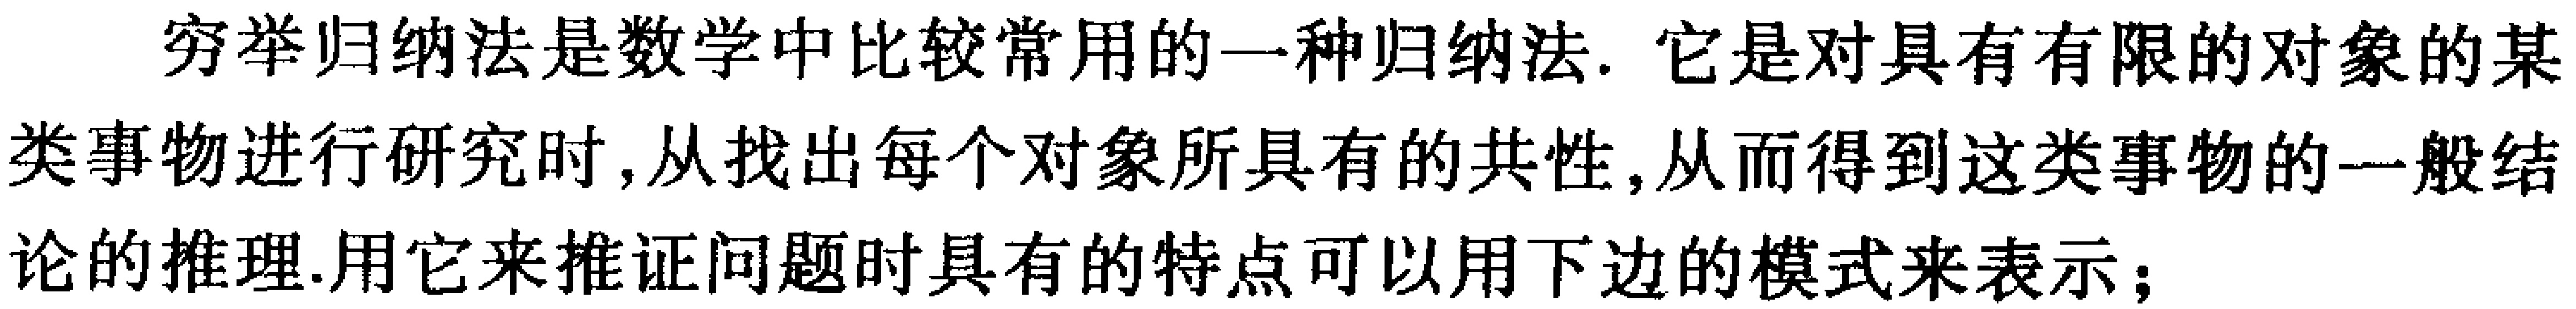
穷举归纳法是数学中比较常用的一种归纳法. 它是对具有有限的对象的某类事物进行研究时, 从找出每个对象所具有的共性, 从而得到这类事物的一般结论的推理.用它来推证问题时具有的特点可以用下边的模式来表示；